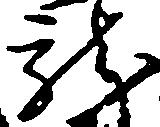
龍